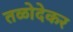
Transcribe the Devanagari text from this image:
तळोदेकर